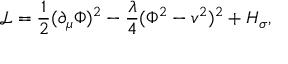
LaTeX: { \mathcal { L } } = \frac { 1 } { 2 } ( \partial _ { \mu } \Phi ) ^ { 2 } - \frac { \lambda } { 4 } ( \Phi ^ { 2 } - v ^ { 2 } ) ^ { 2 } + H _ { \sigma } ,